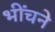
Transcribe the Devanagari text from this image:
भींचने